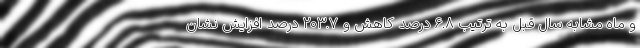
و ماه مشابه سال قبل به ترتیب 6.8 درصد کاهش و 203.7 درصد افزایش نشان